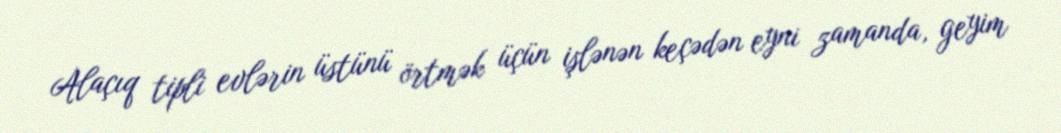
Alaçıq tipli evlərin üstünü örtmək üçün işlənən keçədən eyni zamanda, geyim